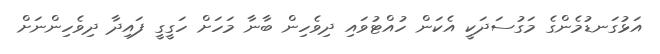
އަޅުގަނޑުމެންގެ މަގުސަދަކީ އެކަން ހުއްޓުވައި ދިވެހިން ބާނާ މަހަށް ހަގީގީ ފައިދާ ދިވެހިންނަށް